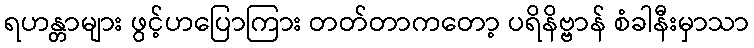
ရဟန္တာများ ဖွင့်ဟပြောကြား တတ်တာကတော့ ပရိနိဗ္ဗာန် စံခါနီးမှာသာ